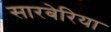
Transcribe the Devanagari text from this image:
सारबेरिया